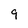
Character: 9